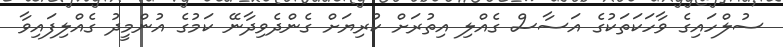
ސުލްހައިގެ ވާހަކަތަކުގެ އަސާސް ގެއްލި އިތުރަށް ކުރިޔަށް ގެންދެވިދާނޭ ކަމުގެ އުންމީދު ގެއްލިފައިވާ